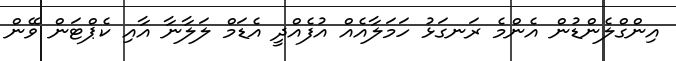
އިންގްލެންޑުން އެންމެ ރަނގަޅު ހަމަލާއެއް އުފެއްދީ އެޑަމް ލަލާނާ އާއި ކެޕްޓަން ވޭން